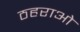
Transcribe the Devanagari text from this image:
ठहराओ